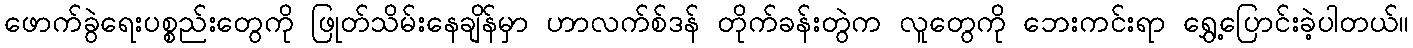
ဖောက်ခွဲရေးပစ္စည်းတွေကို ဖြုတ်သိမ်းနေချိန်မှာ ဟာလက်စ်ဒန် တိုက်ခန်းတွဲက လူတွေကို ဘေးကင်းရာ ရွှေ့ပြောင်းခဲ့ပါတယ်။